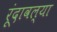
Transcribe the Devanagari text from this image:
रूंदावल्या